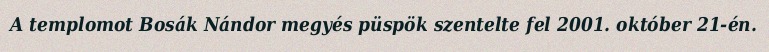
A templomot Bosák Nándor megyés püspök szentelte fel 2001. október 21-én.